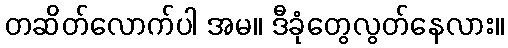
တဆိတ်လောက်ပါ အမ။ ဒီခုံတွေလွတ်နေလား။